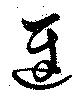
遅